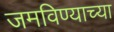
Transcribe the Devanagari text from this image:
जमविण्याच्या